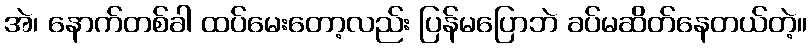
အဲ၊ နောက်တစ်ခါ ထပ်မေးတော့လည်း ပြန်မပြောဘဲ ခပ်မဆိတ်နေတယ်တဲ့။